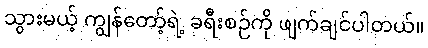
သွားမယ့် ကျွန်တော့်ရဲ့ ခရီးစဉ်ကို ဖျက်ချင်ပါတယ်။